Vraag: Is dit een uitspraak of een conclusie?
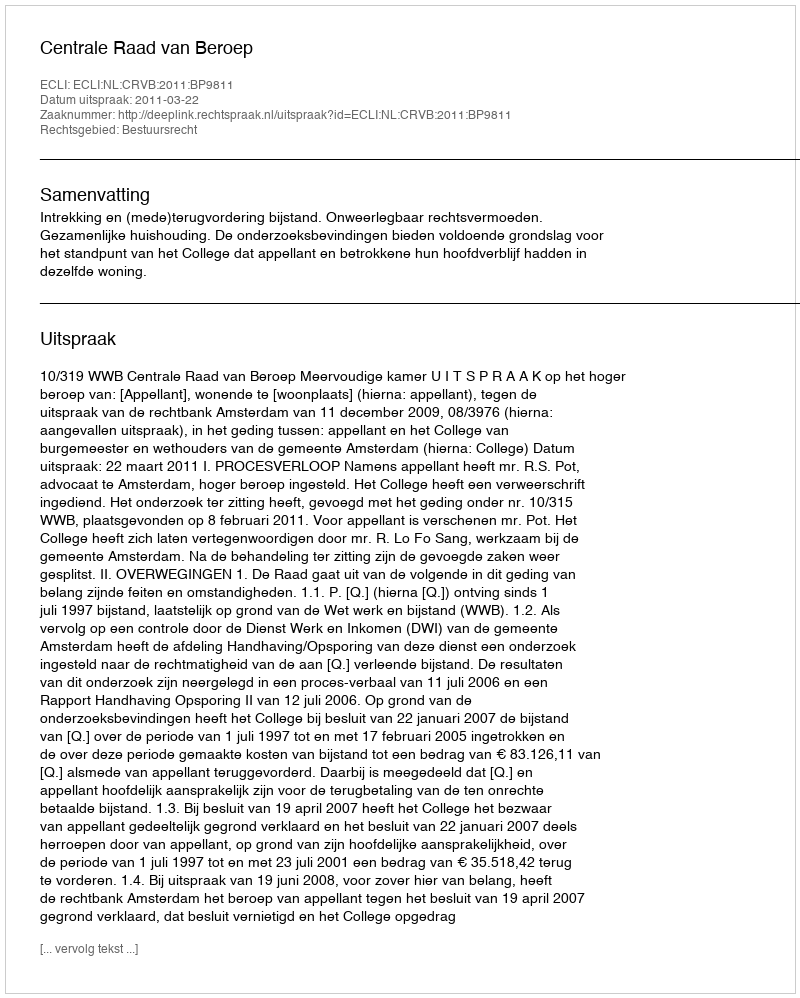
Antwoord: Uitspraak